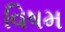
વિષમ